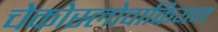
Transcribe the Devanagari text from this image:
चेकोस्लोवाकियन